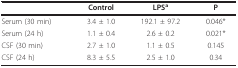
|  | Control | LPSa | P |
 | --- | --- | --- | --- |
 | Serum (30 min) | 3.4 ± 1.0 | 192.1 ± 97.2 | 0.046* |
 | Serum (24 h) | 1.1 ± 0.4 | 2.6 ± 0.2 | 0.021* |
 | CSF (30 min) | 2.7 ± 1.0 | 1.1 ± 0.5 | 0.145 |
 | CSF (24 h) | 8.3 ± 5.5 | 2.5 ± 1.0 | 0.34 |